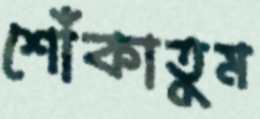
শোঁকাতুম